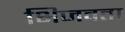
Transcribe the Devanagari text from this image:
भिजवता